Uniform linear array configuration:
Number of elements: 32
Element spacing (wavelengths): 1
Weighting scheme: cosine
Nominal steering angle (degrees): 45
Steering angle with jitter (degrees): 46.357
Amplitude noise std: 0.05
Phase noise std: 0.05

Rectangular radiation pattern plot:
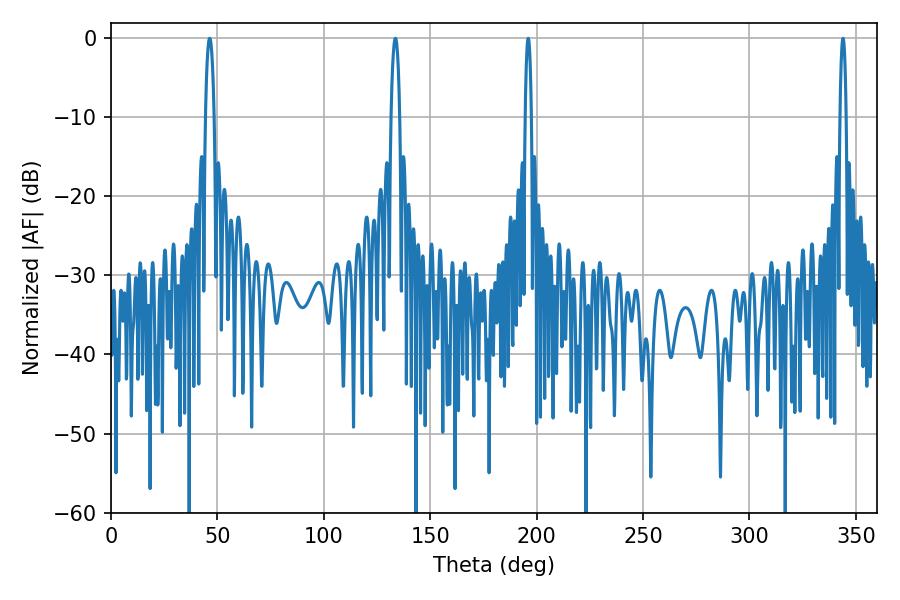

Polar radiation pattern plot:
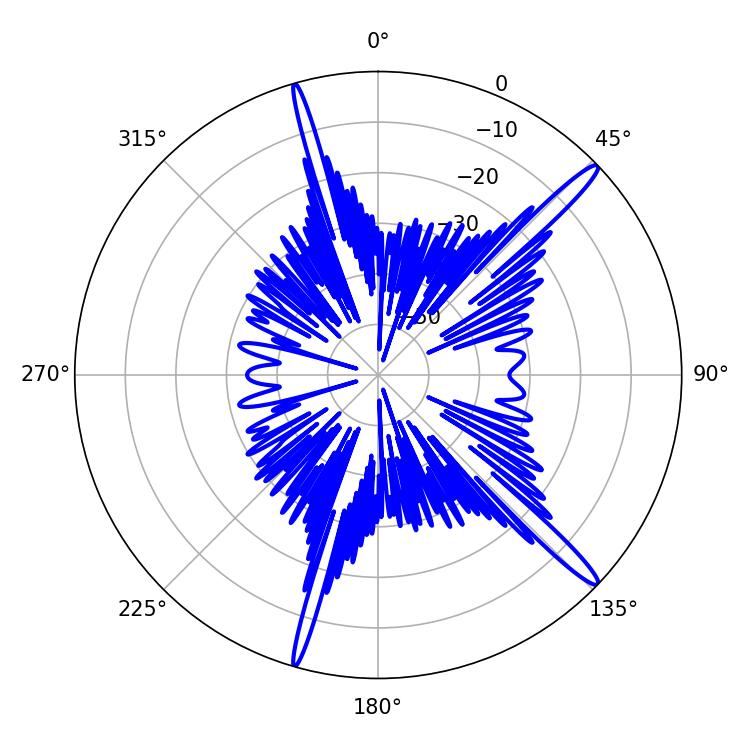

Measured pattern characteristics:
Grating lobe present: TRUE
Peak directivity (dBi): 16.18
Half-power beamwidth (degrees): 1.44
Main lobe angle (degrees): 196.02